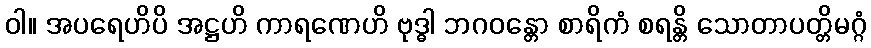
ဝါ။ အပရေဟိပိ အဋ္ဌဟိ ကာရဏေဟိ ဗုဒ္ဓါ ဘဂဝန္တော စာရိကံ စရန္တိ သောတာပတ္တိမဂ္ဂံ